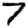
Digit: 7